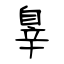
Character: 辠